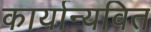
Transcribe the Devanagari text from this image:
कार्यान्यवित